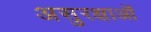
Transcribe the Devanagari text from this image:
असुरक्षाओं